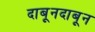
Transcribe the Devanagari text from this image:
दाबूनदाबून